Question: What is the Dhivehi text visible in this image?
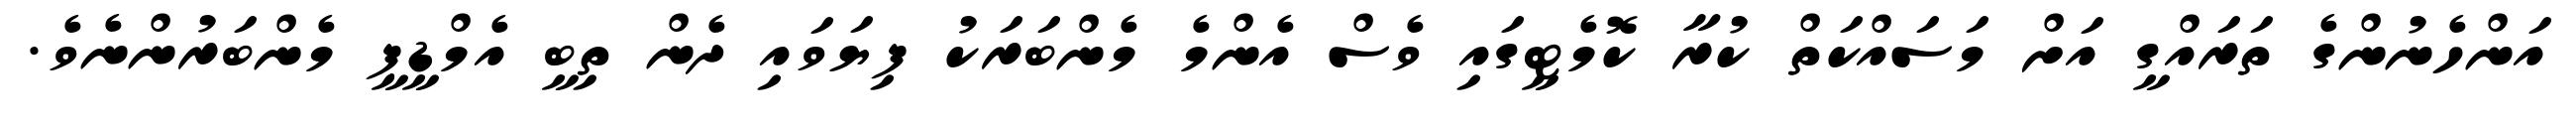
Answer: އަންހެނުންގެ ތަރައްގީ އަށް މަސައްކަތް ކުރާ ކޮމެޓީގައި ވެސް އެންމެ މެންބަރަކު ފިޔަވައި ދެން ތިބީ އެމްޑީޕީ މެންބަރުންނެވެ.